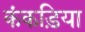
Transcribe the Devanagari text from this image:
कंकड़िया